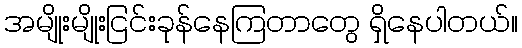
အမျိုးမျိုးငြင်းခုန်နေကြတာတွေ ရှိနေပါတယ်။